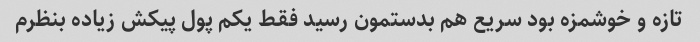
تازه و خوشمزه بود سریع هم بدستمون رسید فقط یکم پول پیکش زیاده بنظرم